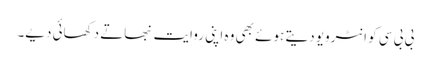
بی بی سی کو انٹرویو دیتے ہوئے بھی وہ اپنی روایت نبھاتے دکھائی دیے۔